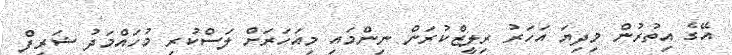
އޭގެ އިތުރުން މިދިޔަ އަހަރު ރިލީޒްކުރަން ނިންމައި މިއަހަރަށް ލަސްކުރި މުހައްމަދު ޝަރީފް